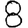
Digit: 8